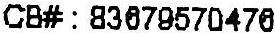
CB# : 83679570476